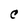
Character: C